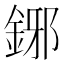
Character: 鋣